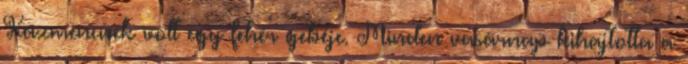
Kázmencnek volt egy fehér gebéje. Minden vasárnap kihajtotta a